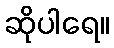
ဆိုပါရေ။